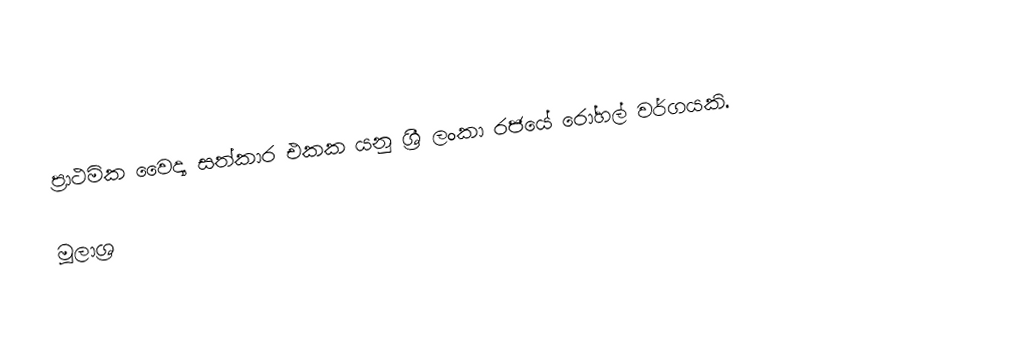
ප්‍රාථමික වෛද්‍ය සත්කාර එකක යනු ශ්‍රී ලංකා රජයේ රෝහල් වර්ගයකි.

මූලාශ්‍ර